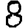
Digit: 8